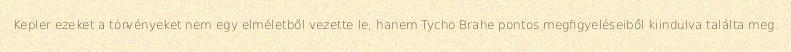
Kepler ezeket a törvényeket nem egy elméletből vezette le, hanem Tycho Brahe pontos megfigyeléseiből kiindulva találta meg.